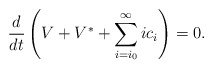
\begin{align*}\frac{d}{dt}\left(V+ V^* + \sum_{i=i_0}^{\infty} i c_i \right)=0.\end{align*}